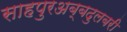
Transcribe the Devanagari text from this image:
साहपुरअब्बदुलबरी